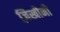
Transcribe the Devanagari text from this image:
ज़िखीनी